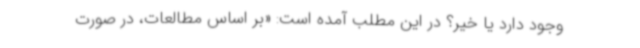
وجود دارد یا خیر؟ در این مطلب آمده است: «بر اساس مطالعات، در صورت